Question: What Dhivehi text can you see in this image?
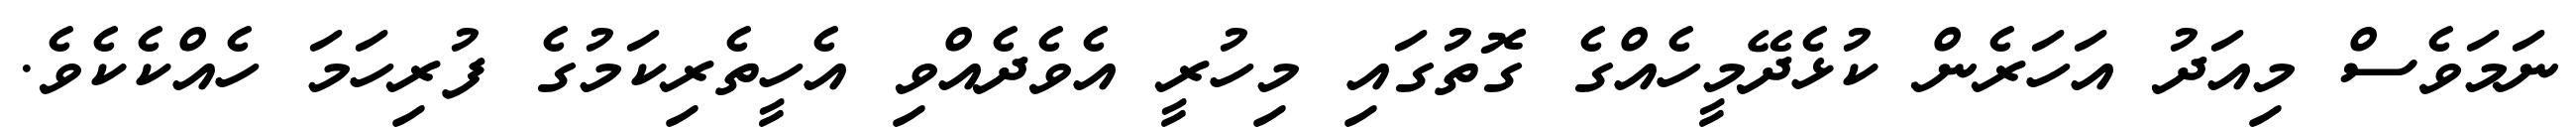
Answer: ނަމަވެސް މިއަދު އަހަރެން ކުޅެދޭމީހެއްގެ ގޮތުގައި މިހުރީ އެވެދެއްވި އެހީތެރިކަމުގެ ފުރިހަމަ ހެއްކެކެވެ.